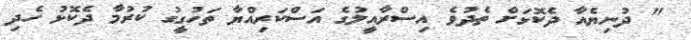
" ދުނިޔެއާ ދެކޮޅަށް ތެދުވެ އިސްރާއީލުގެ އަސްކަރިއްޔާ ތަހުގީގު ކުރުމާ ދެކޮޅު ހެދި